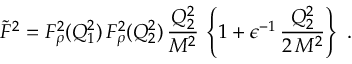
\tilde { F } ^ { 2 } = F _ { \rho } ^ { 2 } ( Q _ { 1 } ^ { 2 } ) \, F _ { \rho } ^ { 2 } ( Q _ { 2 } ^ { 2 } ) \, \frac { Q _ { 2 } ^ { 2 } } { M ^ { 2 } } \, \left\{ 1 + \epsilon ^ { - 1 } \, \frac { Q _ { 2 } ^ { 2 } } { 2 \, M ^ { 2 } } \right\} \ .